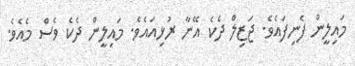
މައިލީން ފެނިފައެވެ. ޖަޒިލް ދެކެ އޭނާ ރުޅިއައެވެ. މައިލީން ދެކެ ވެސް މެއެވެ.